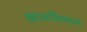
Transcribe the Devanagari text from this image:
खाजविल्याने